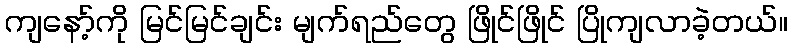
ကျနော့်ကို မြင်မြင်ချင်း မျက်ရည်တွေ ဖြိုင်ဖြိုင် ပြိုကျလာခဲ့တယ်။